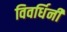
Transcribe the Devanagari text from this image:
विवर्धिनी